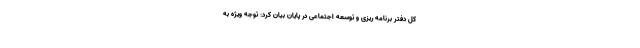
کل دفتر برنامه ریزی و توسعه اجتماعی در پایان بیان کرد: توجه ویژه به